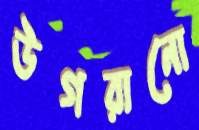
উগরানো